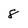
Character: 8